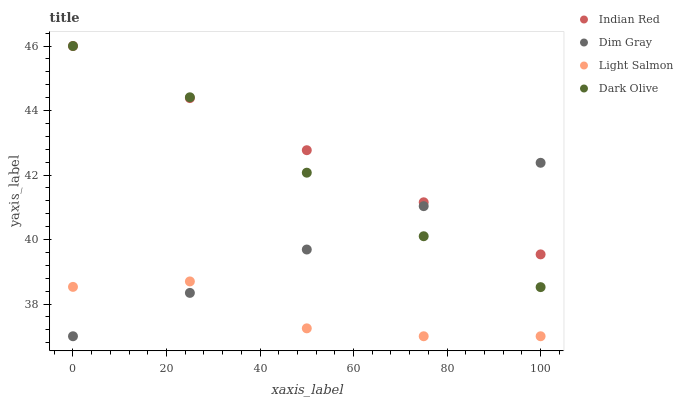
| xaxis_label | Indian Red | Dim Gray | Light Salmon | Dark Olive |
 | --- | --- | --- | --- | --- |
 | 0 | 46 | 37 | 38.5 | 46 |
 | 25 | 44.4 | 38.3 | 38.7 | 44.4 |
 | 50 | 42.8 | 39.7 | 37.2 | 42.1 |
 | 75 | 41.2 | 41 | 37 | 40.1 |
 | 100 | 39.5 | 42.4 | 37 | 38.5 |